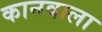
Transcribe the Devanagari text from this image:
कानवाला